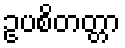
ဥပစိတတ္တာ